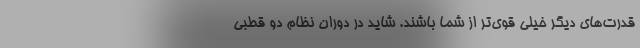
قدرت‌های دیگر خیلی قوی‌تر از شما باشند. شاید در دوران نظام دو قطبی